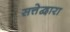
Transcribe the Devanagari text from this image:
सत्तेद्वारा